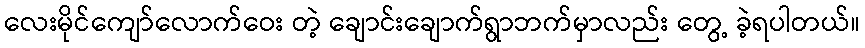
လေးမိုင်ကျော်လောက်ဝေး တဲ့ ချောင်းချောက်ရွာဘက်မှာလည်း တွေ့ ခဲ့ရပါတယ်။